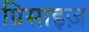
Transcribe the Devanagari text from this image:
प्रिसाइज़